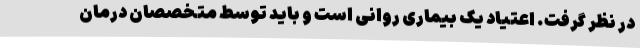
در نظر گرفت. اعتیاد یک بیماری روانی است و باید توسط متخصصان درمان